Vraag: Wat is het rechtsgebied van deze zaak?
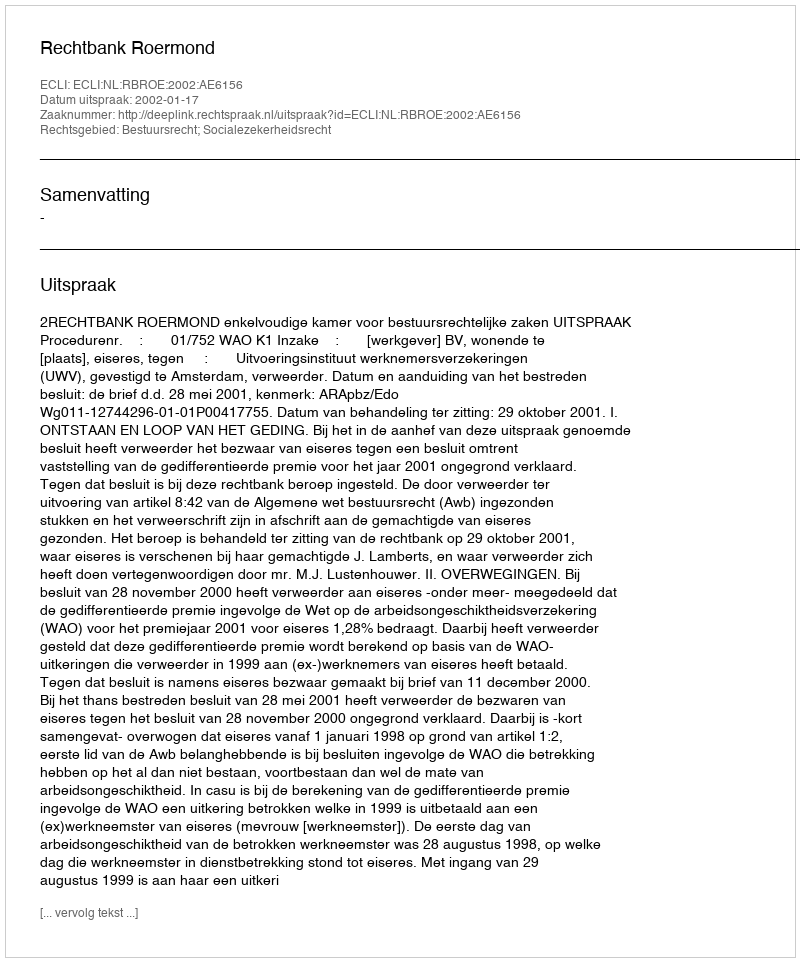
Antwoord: Bestuursrecht; Socialezekerheidsrecht